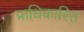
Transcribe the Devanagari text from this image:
प्राधिकारित